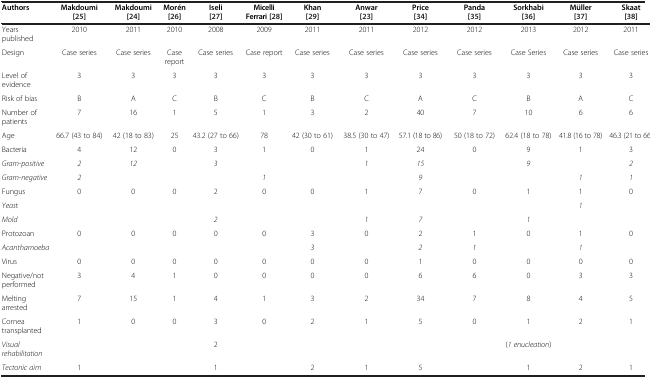
<table><thead><tr><td><b>Authors</b></td><td><b>Makdoumi [[25]]</b></td><td><b>Makdoumi [[24]]</b></td><td><b>Morén [[26]]</b></td><td><b>Iseli [[27]]</b></td><td><b>Micelli Ferrari [[28]]</b></td><td><b>Khan [[29]]</b></td><td><b>Anwar [[23]]</b></td><td><b>Price [[34]]</b></td><td><b>Panda [[35]]</b></td><td><b>Sorkhabi [[36]]</b></td><td><b>Müller [[37]]</b></td><td><b>Skaat [[38]]</b></td></tr></thead><tbody><tr><td>Years published</td><td>2010</td><td>2011</td><td>2010</td><td>2008</td><td>2009</td><td>2011</td><td>2011</td><td>2012</td><td>2012</td><td>2013</td><td>2012</td><td>2011</td></tr><tr><td>Design</td><td>Case series</td><td>Case series</td><td>Case report</td><td>Case series</td><td>Case report</td><td>Case series</td><td>Case series</td><td>Case series</td><td>Case series</td><td>Case Series</td><td>Case series</td><td>Case series</td></tr><tr><td>Level of evidence</td><td>3</td><td>3</td><td>3</td><td>3</td><td>3</td><td>3</td><td>3</td><td>3</td><td>3</td><td>3</td><td>3</td><td>3</td></tr><tr><td>Risk of bias</td><td>B</td><td>A</td><td>C</td><td>B</td><td>C</td><td>B</td><td>C</td><td>A</td><td>C</td><td>B</td><td>A</td><td>C</td></tr><tr><td>Number of patients</td><td>7</td><td>16</td><td>1</td><td>5</td><td>1</td><td>3</td><td>2</td><td>40</td><td>7</td><td>10</td><td>6</td><td>6</td></tr><tr><td>Age</td><td>66.7 (43 to 84)</td><td>42 (18 to 83)</td><td>25</td><td>43.2 (27 to 66)</td><td>78</td><td>42 (30 to 61)</td><td>38.5 (30 to 47)</td><td>57.1 (18 to 86)</td><td>50 (18 to 72)</td><td>62.4 (18 to 78)</td><td>41.8 (16 to 78)</td><td>46.3 (21 to 66)</td></tr><tr><td>Bacteria</td><td>4</td><td>12</td><td>0</td><td>3</td><td>1</td><td>0</td><td>1</td><td>24</td><td>0</td><td>9</td><td>1</td><td>3</td></tr><tr><td><i>Gram</i>-<i>positive</i></td><td><i>2</i></td><td><i>12</i></td><td> </td><td><i>3</i></td><td> </td><td> </td><td><i>1</i></td><td><i>15</i></td><td> </td><td><i>9</i></td><td> </td><td><i>2</i></td></tr><tr><td><i>Gram</i>-<i>negative</i></td><td><i>2</i></td><td> </td><td> </td><td> </td><td><i>1</i></td><td> </td><td> </td><td><i>9</i></td><td> </td><td> </td><td><i>1</i></td><td><i>1</i></td></tr><tr><td>Fungus</td><td>0</td><td>0</td><td>0</td><td>2</td><td>0</td><td>0</td><td>1</td><td>7</td><td>0</td><td>1</td><td>1</td><td>0</td></tr><tr><td><i>Yeas</i>t</td><td> </td><td> </td><td> </td><td> </td><td> </td><td> </td><td> </td><td> </td><td> </td><td> </td><td><i>1</i></td><td> </td></tr><tr><td><i>Mold</i></td><td> </td><td> </td><td> </td><td><i>2</i></td><td> </td><td> </td><td><i>1</i></td><td><i>7</i></td><td> </td><td><i>1</i></td><td> </td><td> </td></tr><tr><td>Protozoan</td><td>0</td><td>0</td><td>0</td><td>0</td><td>0</td><td>3</td><td>0</td><td>2</td><td>1</td><td>0</td><td>1</td><td>0</td></tr><tr><td><i>Acanthamoeba</i></td><td> </td><td> </td><td> </td><td> </td><td> </td><td><i>3</i></td><td> </td><td><i>2</i></td><td><i>1</i></td><td> </td><td><i>1</i></td><td> </td></tr><tr><td>Virus</td><td>0</td><td>0</td><td>0</td><td>0</td><td>0</td><td>0</td><td>0</td><td>1</td><td>0</td><td>0</td><td>0</td><td>0</td></tr><tr><td>Negative/not performed</td><td>3</td><td>4</td><td>1</td><td>0</td><td>0</td><td>0</td><td>0</td><td>6</td><td>6</td><td>0</td><td>3</td><td>3</td></tr><tr><td>Melting arrested</td><td>7</td><td>15</td><td>1</td><td>4</td><td>1</td><td>3</td><td>2</td><td>34</td><td>7</td><td>8</td><td>4</td><td>5</td></tr><tr><td>Cornea transplanted</td><td>1</td><td>0</td><td>0</td><td>3</td><td>0</td><td>2</td><td>1</td><td>5</td><td>0</td><td>1</td><td>2</td><td>1</td></tr><tr><td><i>Visual rehabilitation</i></td><td> </td><td> </td><td> </td><td>2</td><td> </td><td> </td><td> </td><td> </td><td> </td><td>(<i>1 enucleation</i>)</td><td> </td><td> </td></tr><tr><td><i>Tectonic aim</i></td><td>1</td><td> </td><td> </td><td>1</td><td> </td><td>2</td><td>1</td><td>5</td><td> </td><td>1</td><td>2</td><td>1</td></tr></tbody></table>